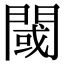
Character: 閾